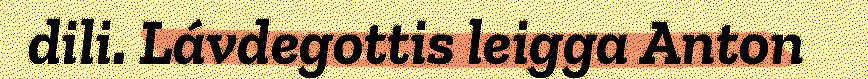
dili. Lávdegottis leigga Anton